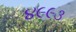
૪૯૯૩